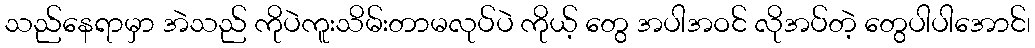
သည်နေရာမှာ အဲသည် ကိုပဲကူးသိမ်းတာမလုပ်ပဲ ကိုယ့် တွေ အပါအဝင် လိုအပ်တဲ့ တွေပါပါအောင်၊